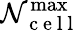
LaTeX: \mathcal{N}_{\mathrm{{~c~e~l~l~}}}^{\operatorname*{max}}